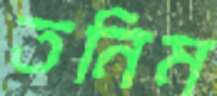
তনিম